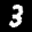
Label: 3